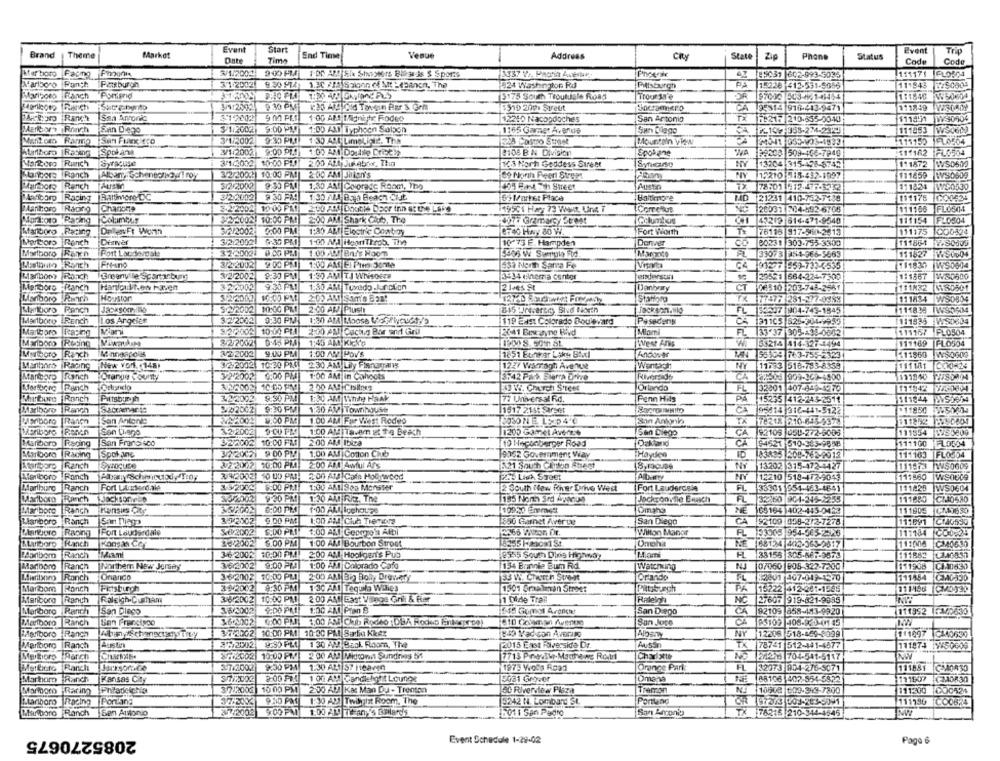
Brand
Market
Event
Start
Venue
Event
Theme
Date
Time
End Time
Address
CRy
State
Phone
Status
Code
Code
Marboro Facing Finnoni
3/1/2002
9:00 PM DG AT Sh Shoosters Bitar As S Sports
3337 Y ., Papria Achar,
85031 602-993-5035
111171 FLO5C4
A. artsoro
Pittsburgh
3/1/2002
524 Washington R.
1.5226 -412-531-5655
8.30 914: 1.26 /14 Saloon of Mit -(panch, The
Pittsburgh
111843 8750904
Mariboro Ranch
[3175 South Troukugle Road
Trootsn'e
1:1846 W50604
9.30 PM
Chocramigro
111849 VISORDY
$519 209 Street
CA 25314 916-413-9471
Ssa Arronic
$12002
1:00 AM Mgniihr Rodeo
12210 Nacopdoches
San Antonio
TX 1821: 210.555-0040
$119 71
MAETbory Ranch
San Diego
$/1/2002
5:00 PM
1:00 AM1 Typhoon Saloon
1165 Gammet Avenue
San Diego
CA PL1097 358-234-2323
111453 WSCOM)
Mant om
3472002
9:30 PM
111152 FL0564
Marlboro Racing Spolan)
3/1/2002
9:00 PM !!
BIO8 BN Division
Epok ane
89208 509-166-7940
111162 |FL0504
Marlboro Runch
3/1(2002 10:00 PRO
2.00 AttyJue abox, Thin
163 Nort Goddess Sureer
Syracuse
NY
13204 315-498-8:43
111872
WSO500
Langere Ranch
Albany, Scheneon our! roy
32/20021
10:00 PM
2:00 AM JiTon's
Se North Reeri Stress
NY
15210 015-457-1997
111459
WYSO608
Marlboro Ranch
Aust
$12/2002
9:30 PM
1.30 AM Coloracc Room, The
424 Can Th Street
78:01 912.477-5332
111824
W50530
Maribor Racing
Baltimore- DC
3/2-2002
9 30 FM
1:30 AM B. a Beach Clut.
63 Market Place
Baltimore
121231 410-752-7188
111178
Marlboro Racing
Chanone
3.2-2002
19:00 FRI
2:00 AM Doxcthe Door inn at the Lake
1951 Hay 73 West Ung 7
Correllus
20031 304-892-6708
111168
Mort:oro Racing
220021 10:00 PM
2:00 AM Shark Cabo, The
45219 614-471-9540
111154
FLOS04
Hogy7 Gramarcy Stest
Marboro Racing
DallasFt Worth
3/2/2002
0:00 PM
1:30 AM!|Electric Contrzy
G740 Hwy 80 W.
Fort Worth
76118 917-560-2513
111175
000124
Martsors Ranch
DenNer
3/2/20021
1:00 AMJ HeartThrob, The
10775 E. Hampden
Donner
00231 303-755-3300
111861 7.50009
Fort Laudergst!
3 220021 8.00 PM
Marlboro Raren
1.00 AM Ends Noom
33073 [151-966-5663
111827
WS0604
Mastouto Ranch
FNV-ano
3/2 2002
2:00 PM
1:00 AM LI Pins Sonte
637 North Sarra Fe
91277 859-733-3535
111830 WS0604
3/2/2002
1:30 AM|T.J WhisGers
Manbony Ranch
IGreenv le'Scomasbur
8:30 PM|
3434 cinema center
anderstur
23521 664-224-7300
1:1867 W80800
Merboro -Ranch
Hanicidt.en Haven
322002
9.30 PM!
1:30 AM Tuxedo.Junction
2 1+es St
Dankysy
CT
0:510 203-748-2581
111832 6580501
Houston
3/2 20021
10:00 PM
2:00 AM Sam's Bpa:
Liariboro Rich
FX 7747: 281-277-0988
11 1834 WSD504
Marlboro Ranch
JacksomIS
9 2/2002
2:00 AM Plush
815 -reverses, Sivd North
FL 58507 904-743-1845
1111899 IWSOSM4
Los Arggies
3/2/2002
0:30 PM
1:30 AM Moose VoGPlvcustos
Pesedens
Marlboro IREnch
119 East Colorado Boulevard
31105 825-304-9955
1111935 WS0604
Marlboro
Raping
ST2/2002|10:00 PM 2300 AM Cactus Bar and Gril
2041 Boxwayne Hivd
Miami
FL
33.37 905-438-0002
111157 PL0504
Marlboro Resing
2-2/20021
D'45 PM
1:45 AM Kick'a
West Ans
WI
53214 414-327-4494
111169 FLO504
Mumboro Ranch
Minneapolis
3/2 2002
9.00 PM
1.00 AM POV'S
1851 Buntar LSky Boxxl
AndOver
56909 78 3-755-2323
111860
WS0600
Marhors Racing New York. 148)
3/2-2002 10:30 PRO
230 AM Lily Finoman
1237 Warragh Avenue
Wantich
NY
11033 518-783-8358
Ranch
Orange County
3/2/2002
0:00 PM
1:00 AM in Cahoots
3:42 Park Sierra Drive
Riverside
CA
22:508 909-962-4900
1191840 2785304
Ranch
Orlindo
2.50 AMICIsineg
Orlando
FL
32301 407-949-4270
111948 3/8-0004
Ranch
Pittsburgh
9.90 PMI
1:30 AM Tinde Haak
77 Universal R.d.
Penn Hils
PA
15235 412-243-2511
Marlboro
Ranch
Sacramvar te
2/22002
9:30 PM
1:30 AV Townhouse
1517 213: Sarset
CA
(95814 )310-441-5122
11850 250634
PASboro
Rança
San Antonde
2:00 PM
1.00 AM Far West Rodeo
Son Antonia
TX 78218 216-645-9373
MAgriboro
Son Deno
32/2002
9-00 1-M
1:00 AM |Tavem at the Beach
1200 Gomzet Averze
San Diego
CA
92109 050-272-6005
111854 1450809
San Fransisco
32/2002 10:00 FM
2:00 AMA Ibiza
Oakland
Manboro Racing
10 Heconberger Road
6-1521 510-385-9648
111100 FLO594
Marlboro
TSpok ane
3/220021 9 00 PM
1,00 AM | Cotton Club
9052 Government Viay
Hayden
ID 83835 208-762-2012
111163 FL0504
Syracuse
32 2002 0:00 PM
2:00 AM Awful Ars
A21 South Carton Stent
NY
13202 315-472-4427
Marlboro Ranch
1119:3 W50009
Marlboro Ranch
3/W20021 10 05 PM!
2:00 AM Cath Hob:wood
AIDHETY
12210 518-472-9043
111860
TWSOU09
Ranch
Fort Laterd.ale
6:00 PM !!
1:00 AM Soa Monster
2 South Naw fher Drive West
Fort Laudercele
FL
33301 1954-463-4641
111425
IWS0604
Marlboro Ranch
53/20021
9:30 PM
1:30 AM Riz. The
Jacksonvile Ebuich
FL 322:50 904-245-2255
111880 CL40580
Mariboro
IRanch
Kansas City
6:00 PM
Omaha
NE (65164)402-445-0423
111805
Lanboro Ranch
San Diego
9,00 PM
1:00 AM Club Tremors
850 Garnet Aver ue
San Diego
CA
92109 458-212-7278
111691
Ciao590
Racing |Fort Lauderdale
SEP20021
1,00 AM Genm'a Albi
2366 VANCon Dr.
Wilton Manor
FL 33905 954-565-2526
11:184
Marlboro Ranch
Kongas Ce
36/2002
$.00 PM
1:00 AM Bourbon Street
18255 1-20001 St
Omoha
NE 68124 402-363-2317
11:004
Ranch
36 2002 10:00 PM| 2:00 AM Hookger's Pub
33158 305-687-3573
111882
3/6/2002 9.00 PM
Marlboro
Ranch
Northern New Jersey
1:00 AM Colorado Cafe
154 Brinnie Bum Rd
Watching
NJ
0/060 605-322-7200
111908
CA.10630
Ranch
Orianco
3 6/2002 10:00 PM
2:00 AM Bi Boly Drevery
Orlando
52601 407-049-1370
Maribom
34/2002 9:30 PM
1 :30 AM Tequila Wales
1501 Sraalman Street
PA
15222 412-201-1545
Marlboro
TRanch
Raleigh.Cuham
3-6/2002 10:00 PM
2 00 AM East Vilage Gril & Rer
1 Dlde Trail
Raleigh
NC
27607 919-821-9935
1:00 AM Pran 8
Marlboro Ranch
San Diego
San Diego
CA 92109 858-443-9920
111952 5340630
Melboro Ranch
San Francisco
0:00 PM
1,00 AM Cib Rodeo : DBA Rodeo Pinkproe)
San Jose
93102 408-820-01 45
37/2002
10:00 PM 10:00 PM Satio Kkez
NY
Marlboro Ranch
849 Madison AVECIro
Albany
12216 518-459-8099
111097 CM40630
Marlboro |Ranch
Austin
38/2002
1 30 AM Back Room, The
2015 East Riversida Dr.
Au55m
TX
78741 512-441-4477
111874 1W/50609
CharkE.
Charlotte
MerBors Rarch
877200210:00 PM
2 00 AM Mirona Sundries b1
24273 704-541-5117
Ranch
37.3002
9:30 PM
1:30 AL1 57 Heaven
187- Wols Road
Orange Park
FL
32273 904-276-5071
111881
2:00 PM
Dmana
88108 402-554-5822
111907
KG2408:30
Marboro Ranch
Kansas City
1 00 AM Candlelight Lounge
5031 Gover
Marmoro Racing
Philadelphia
37/2002
15 00 PM
2:30 A! Kat Man Du - Trenton
50 Riverview Pisza
NJ 10508 600-399-7800
111:300
C00524
Marlboro Facing Port'ang
1:5 Al Twbyhat Room. The
111790
5242 H. Lombard St
Marlboro Ranch
Sen Antonio
9.00 PM
1,00 AL Trany's BENard's
6011 San Pedro
San Antonio
78216 210-344-4545
2085270675
Event Schedule 1-29-02
Page 6